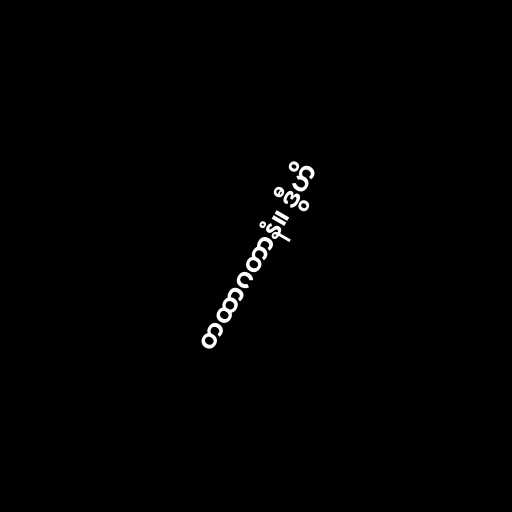
တထာဂတာနံ။ ဒွီဟိ